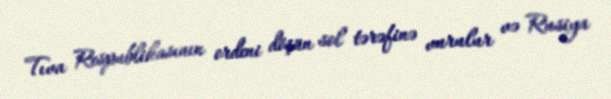
Tıva Respublikasının ordeni döşün sol tərəfinə vurulur və Rusiya